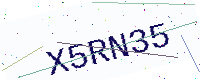
Text: X5RN35